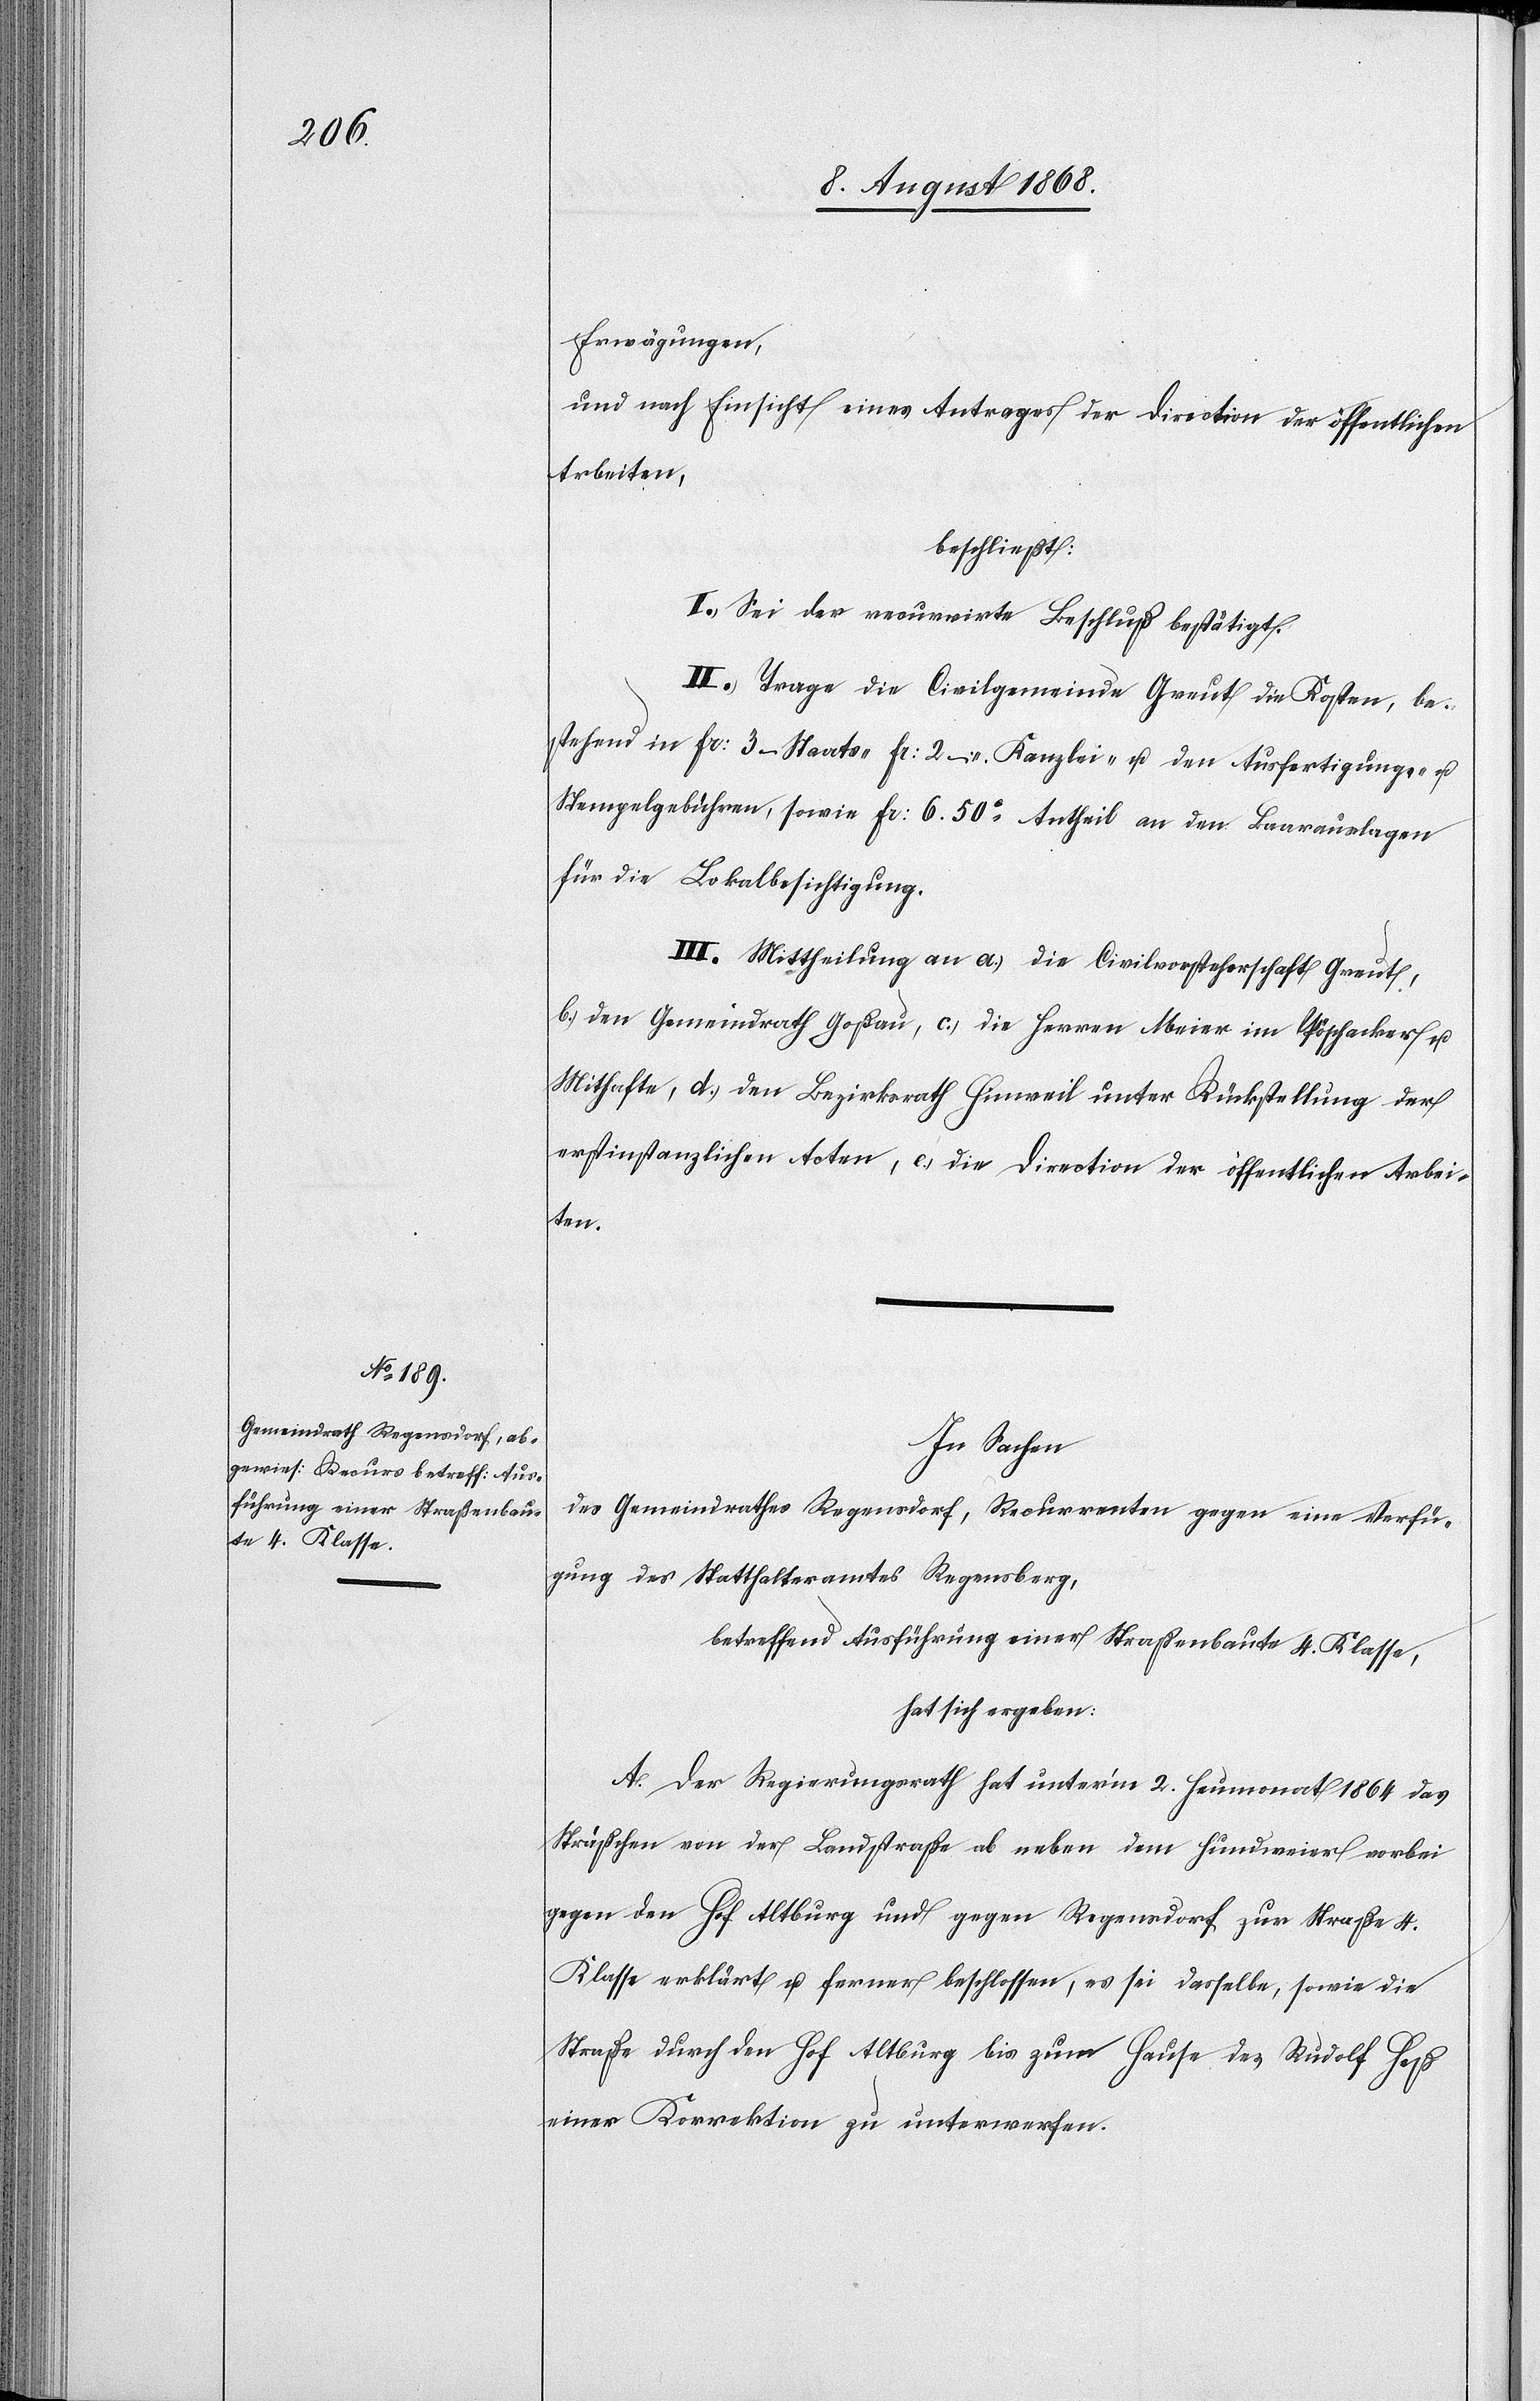
Erwägungen,
und nach Einsicht eines Antrages der Direction der öffentlichen
Arbeiten,
beschließt:
I. Sei der recurrirte Beschluß bestätigt.
II. Trage die Civilgemeinde Greut die Kosten, be¬
stehend in Fr: 3 – Staats-[,] Fr: 2 – Kanzlei- u. den Ausfertigungs- u.
Stempelgebühren, sowie Fr: 6. 50c Antheil an den Baarauslagen
für die Lokalbesichtigung.
III. Mittheilung an a.) die Civilvorsteherschaft Greut,
b.) den Gemeindrath Goßau, c.) die Herren Meier im Pöschacker u.
Mithafte, d.) den Bezirksrath Hinweil unter Rückstellung der
erstinstanzlichen Acten, e.) die Direction der öffentlichen Arbei¬
ten.
In Sachen
des Gemeindrathes Regensdorf, Recurrenten gegen eine Verfü¬
gung des Statthalteramtes Regensberg,
betreffend Ausführung einer Straßenbaute 4. Klasse,
hat sich ergeben:
A. Der Regierungsrath hat unter’m 2. Heumonat 1864 das
Sträßchen von der Landstraße ab neben dem Hundweier vorbei
gegen den Hof Altburg und gegen Regensdorf zur Straße 4.
Klasse erklärt u. ferner beschlossen, es sei dasselbe, sowie die
Straße durch den Hof Altburg bis zum Hause des Rudolf Heß
einer Korrektion zu unterwerfen.